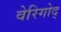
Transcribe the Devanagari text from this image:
वेरिगोद्